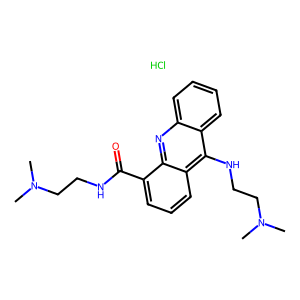
SMILES: CN(C)CCNC(=O)c1cccc2c(NCCN(C)C)c3ccccc3nc12.Cl
Inhibits HIV replication: No